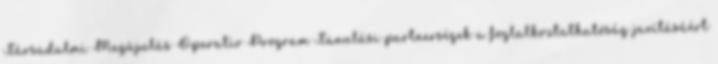
Társadalmi Megújulás Operatív Program Tanulási partnerségek a foglalkoztathatóság javításáért